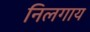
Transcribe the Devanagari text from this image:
निलगाय